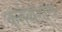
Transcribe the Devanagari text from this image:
कर्त्तव्यशास्त्र